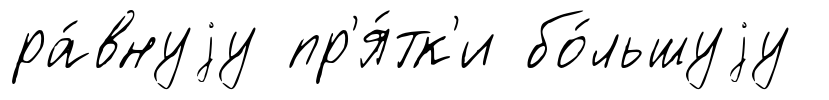
ра́внуjу пр'я́тк'и бо́льшуjу